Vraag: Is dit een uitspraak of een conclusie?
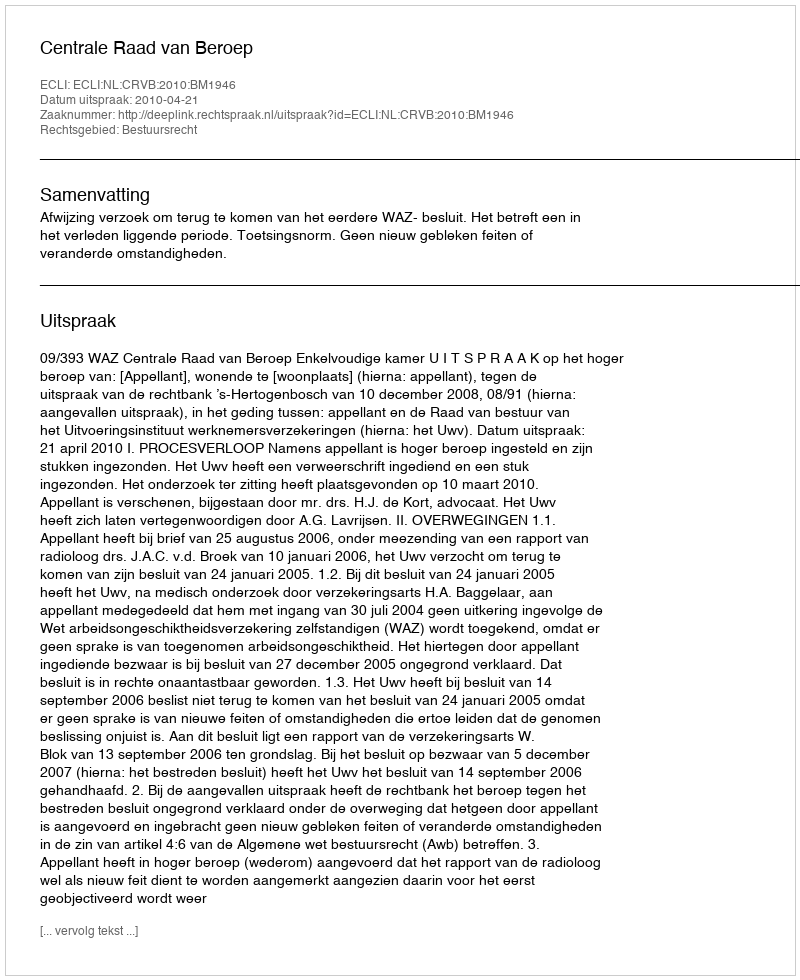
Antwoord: Uitspraak